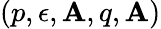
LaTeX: (p,\epsilon,\mathbf{A},q,\mathbf{A})